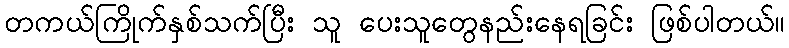
တကယ်ကြိုက်နှစ်သက်ပြီး သူ ပေးသူတွေနည်းနေရခြင်း ဖြစ်ပါတယ်။